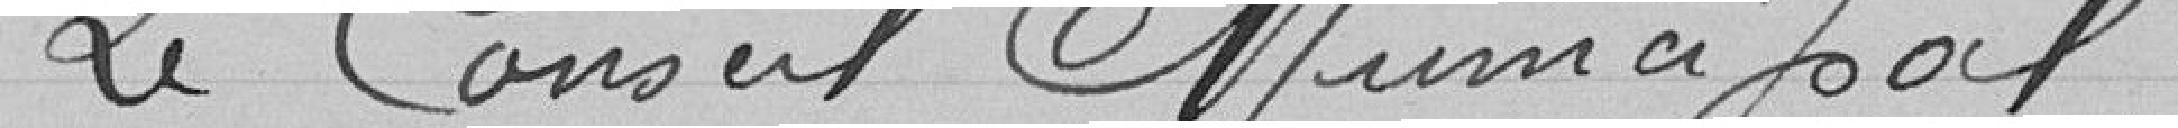
Le Conseil Municipal .